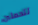
تتحملين